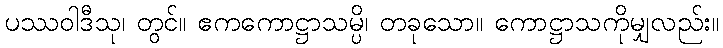
ပဿဝါဒီသု၊ တွင်။ ဧကကောဋ္ဌာသမ္ပိ၊ တခုသော။ ကောဋ္ဌာသကိုမျှလည်း။